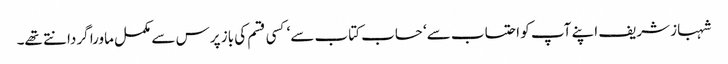
شہباز شریف اپنے آپ کو احتساب سے‘ حساب کتاب سے‘ کسی قسم کی باز پرس سے مکمل ماورا گردانتے تھے۔